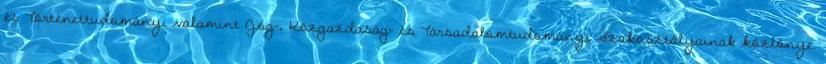
és Történettudományi valamint Jog-, Közgazdaság- és Társadalomtudományi Szakosztályainak közlönye.